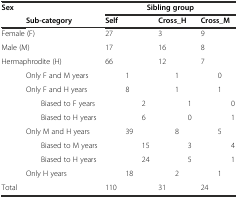
<table><thead><tr><td><b>Sex</b></td><td>[EMPTY_CELL]</td><td>[EMPTY_CELL]</td><td colspan="9"><b>Sibling group</b></td></tr><tr><td>[EMPTY_CELL]</td><td colspan="2"><b>Sub-category</b></td><td colspan="3"><b>Self</b></td><td colspan="3"><b>Cross_H</b></td><td colspan="3"><b>Cross_M</b></td></tr></thead><tbody><tr><td colspan="3">Female (F)</td><td>27</td><td>[EMPTY_CELL]</td><td>[EMPTY_CELL]</td><td>3</td><td>[EMPTY_CELL]</td><td>[EMPTY_CELL]</td><td>9</td><td>[EMPTY_CELL]</td><td>[EMPTY_CELL]</td></tr><tr><td colspan="2">Male (M)</td><td>[EMPTY_CELL]</td><td>17</td><td>[EMPTY_CELL]</td><td>[EMPTY_CELL]</td><td>16</td><td>[EMPTY_CELL]</td><td>[EMPTY_CELL]</td><td>8</td><td>[EMPTY_CELL]</td><td>[EMPTY_CELL]</td></tr><tr><td colspan="3">Hermaphrodite (H)</td><td>66</td><td>[EMPTY_CELL]</td><td>[EMPTY_CELL]</td><td>12</td><td>[EMPTY_CELL]</td><td>[EMPTY_CELL]</td><td>7</td><td>[EMPTY_CELL]</td><td>[EMPTY_CELL]</td></tr><tr><td>[EMPTY_CELL]</td><td colspan="2">Only F and M years</td><td>[EMPTY_CELL]</td><td>1</td><td>[EMPTY_CELL]</td><td>[EMPTY_CELL]</td><td>1</td><td>[EMPTY_CELL]</td><td>[EMPTY_CELL]</td><td>0</td><td>[EMPTY_CELL]</td></tr><tr><td>[EMPTY_CELL]</td><td colspan="2">Only F and H years</td><td>[EMPTY_CELL]</td><td>8</td><td>[EMPTY_CELL]</td><td>[EMPTY_CELL]</td><td>1</td><td>[EMPTY_CELL]</td><td>[EMPTY_CELL]</td><td>1</td><td>[EMPTY_CELL]</td></tr><tr><td>[EMPTY_CELL]</td><td>[EMPTY_CELL]</td><td>Biased to F years</td><td>[EMPTY_CELL]</td><td>[EMPTY_CELL]</td><td>2</td><td>[EMPTY_CELL]</td><td>[EMPTY_CELL]</td><td>1</td><td>[EMPTY_CELL]</td><td>[EMPTY_CELL]</td><td>0</td></tr><tr><td>[EMPTY_CELL]</td><td>[EMPTY_CELL]</td><td>Biased to H years</td><td>[EMPTY_CELL]</td><td>[EMPTY_CELL]</td><td>6</td><td>[EMPTY_CELL]</td><td>[EMPTY_CELL]</td><td>0</td><td>[EMPTY_CELL]</td><td>[EMPTY_CELL]</td><td>1</td></tr><tr><td>[EMPTY_CELL]</td><td colspan="2">Only M and H years</td><td>[EMPTY_CELL]</td><td>39</td><td>[EMPTY_CELL]</td><td>[EMPTY_CELL]</td><td>8</td><td>[EMPTY_CELL]</td><td>[EMPTY_CELL]</td><td>5</td><td>[EMPTY_CELL]</td></tr><tr><td>[EMPTY_CELL]</td><td>[EMPTY_CELL]</td><td colspan="2">Biased to M years</td><td>[EMPTY_CELL]</td><td>15</td><td>[EMPTY_CELL]</td><td>[EMPTY_CELL]</td><td>3</td><td>[EMPTY_CELL]</td><td>[EMPTY_CELL]</td><td>4</td></tr><tr><td>[EMPTY_CELL]</td><td>[EMPTY_CELL]</td><td>Biased to H years</td><td>[EMPTY_CELL]</td><td>[EMPTY_CELL]</td><td>24</td><td>[EMPTY_CELL]</td><td>[EMPTY_CELL]</td><td>5</td><td>[EMPTY_CELL]</td><td>[EMPTY_CELL]</td><td>1</td></tr><tr><td>[EMPTY_CELL]</td><td colspan="2">Only H years</td><td>[EMPTY_CELL]</td><td>18</td><td>[EMPTY_CELL]</td><td>[EMPTY_CELL]</td><td>2</td><td>[EMPTY_CELL]</td><td>[EMPTY_CELL]</td><td>1</td><td>[EMPTY_CELL]</td></tr><tr><td colspan="2">Total</td><td>[EMPTY_CELL]</td><td>110</td><td>[EMPTY_CELL]</td><td>[EMPTY_CELL]</td><td>31</td><td>[EMPTY_CELL]</td><td>[EMPTY_CELL]</td><td>24</td><td>[EMPTY_CELL]</td><td>[EMPTY_CELL]</td></tr></tbody></table>